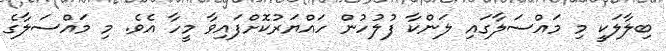
ބިލާލަކީ މި މައްސަލާގައި ލަންކާ ފުލުހުން ހައްޔަރުކޮށްފައިވާ މީހާ އެވެ. މި މައްސަލާގެ